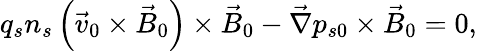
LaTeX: q_{s}n_{s}\left(\vec{v}_{0}\times\vec{B}_{0}\right)\times\vec{B}_{0}-\vec{\nabla}p_{s0}\times\vec{B}_{0}=0,